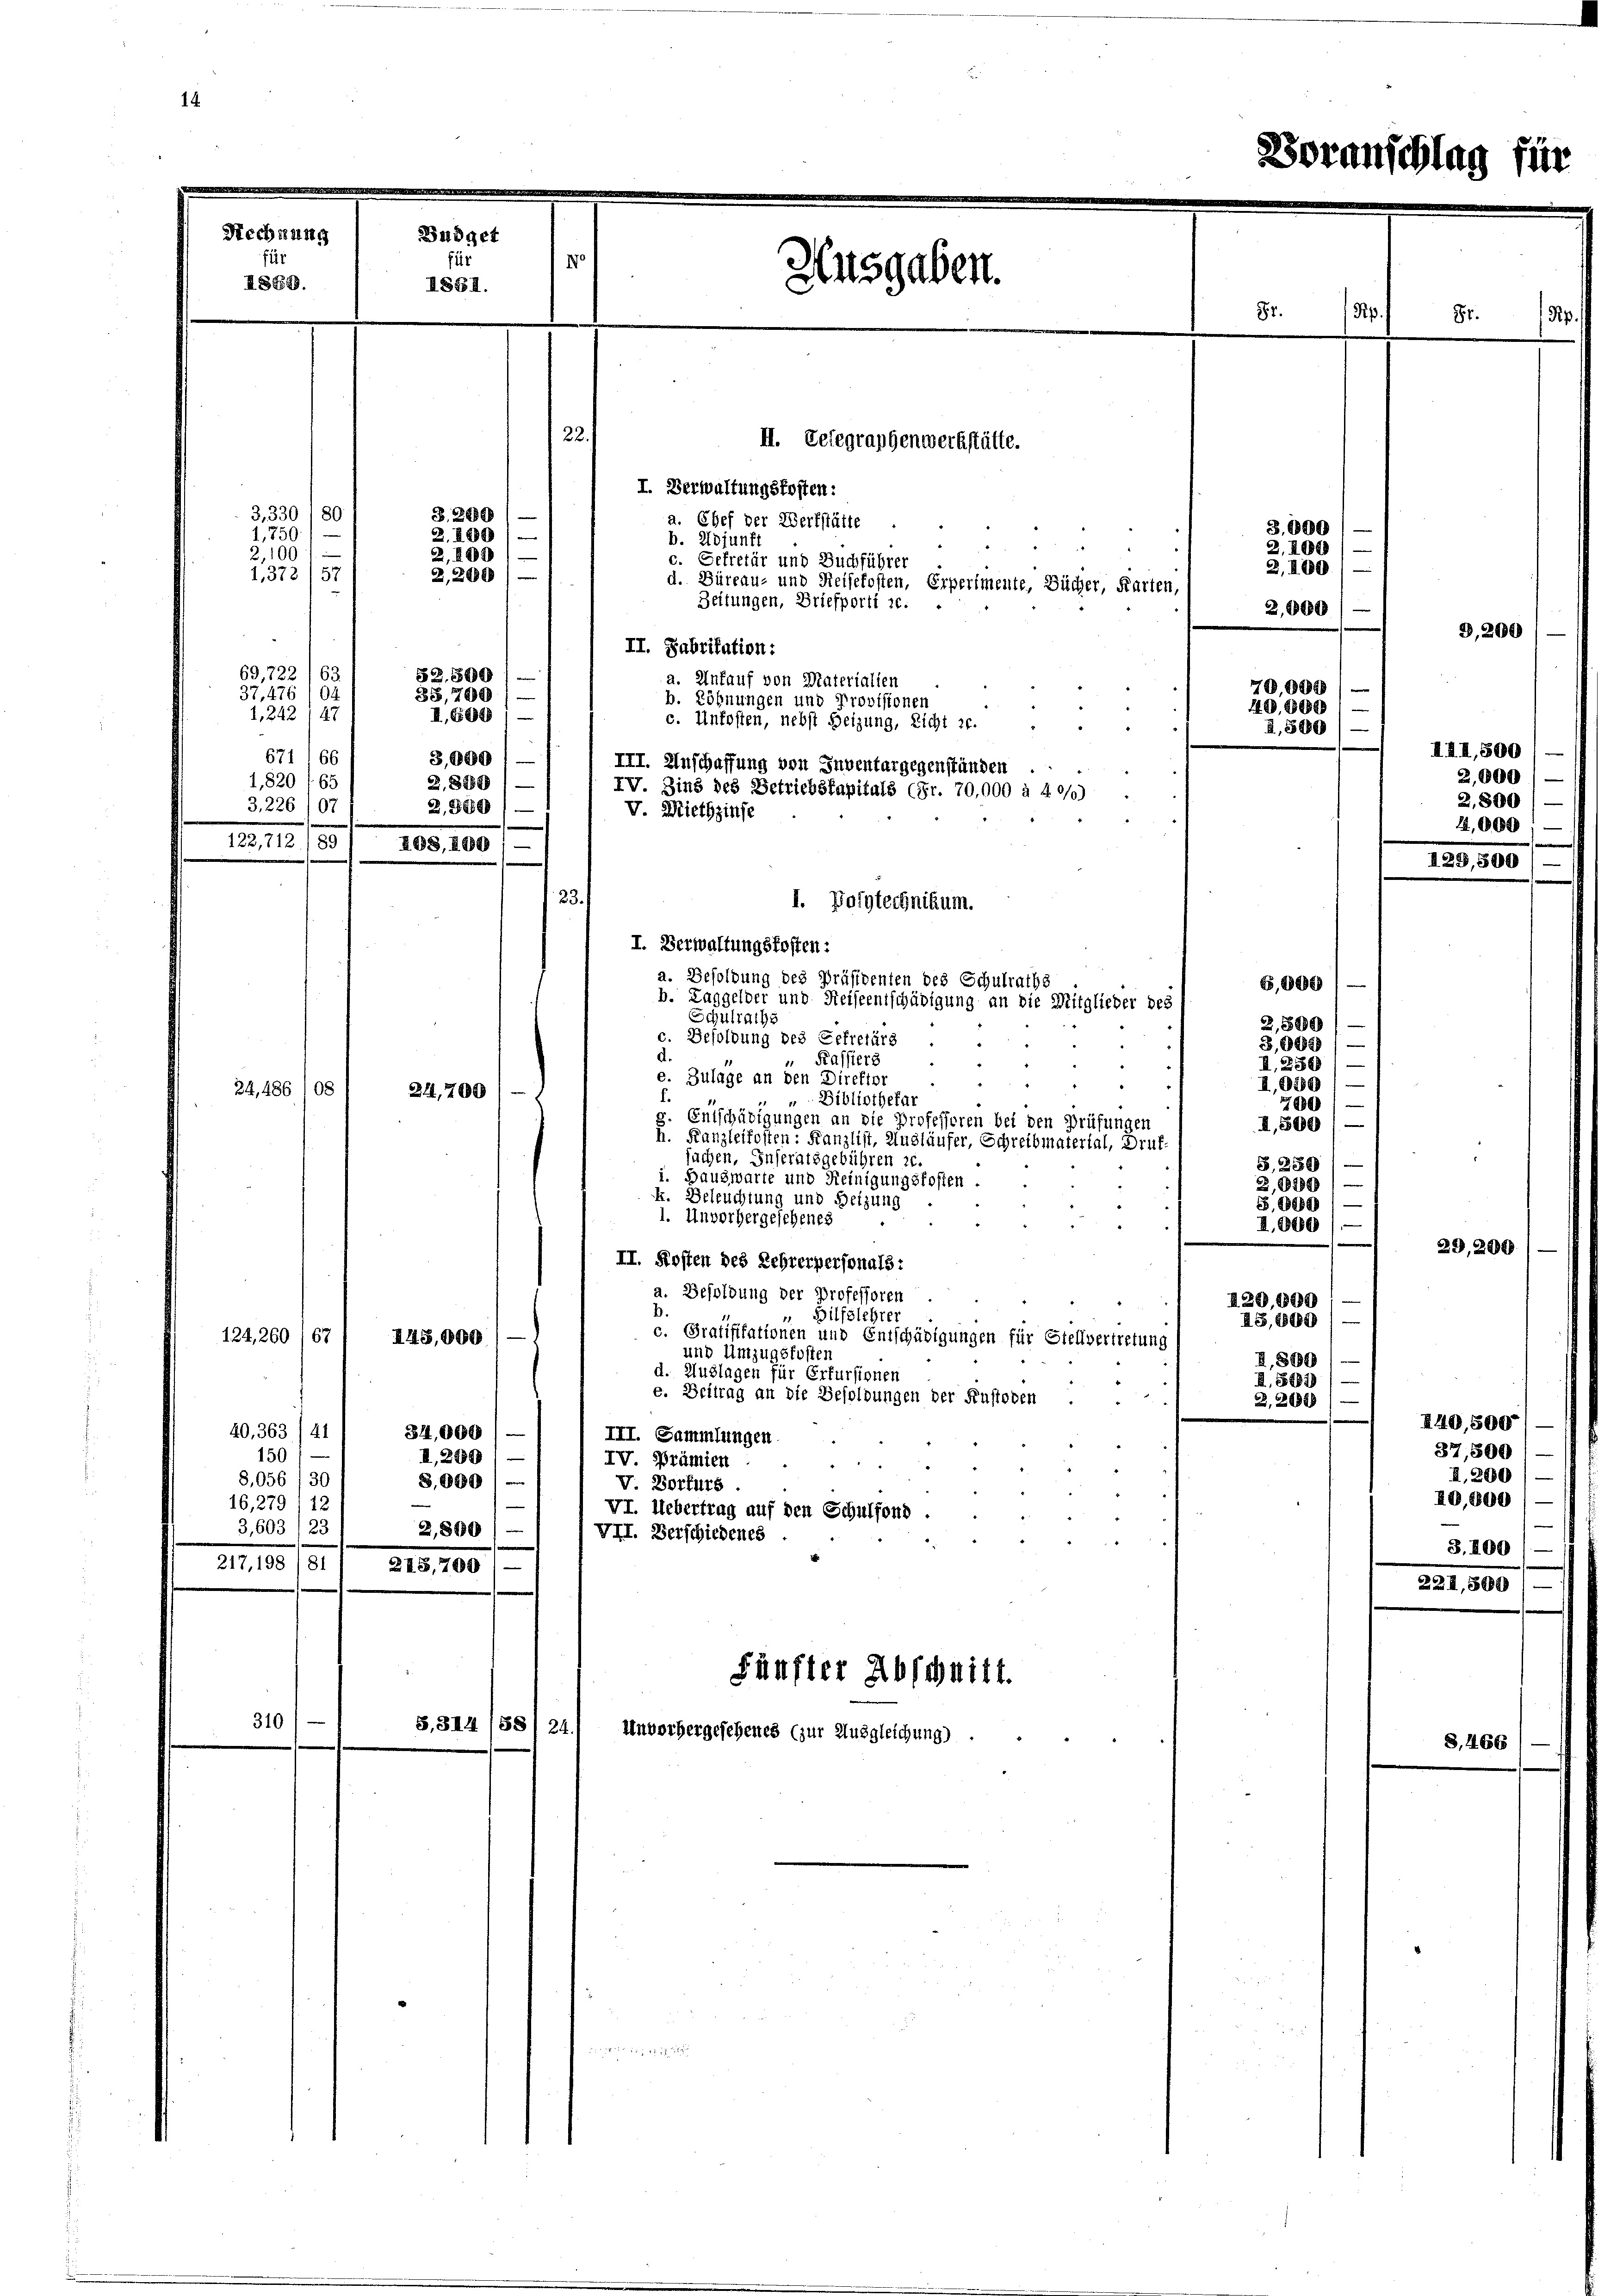
Rechnung
Büdget
is
170
Ausgaben.
1884.
22.
II. Telegraphenwerkstätte.
I. Verwaltungskosten:
3,330 (80
B.200
a. Chef der Werkstätte
1,750)
2.189/
b. Adjunft
2,10
2,400
c. Gefretär und Buchführer

II889.

1.372 (57
69, 722, 63
37,476 /04
1,242 147
671 166
1,820
65
3,226
07

d. Büreau- und Reisekosten, Erperimente, Bücher, Karten
Zeitungen, Briefporti 20.
II. Fabritation:
a. Unfauf von Materialien
b. Zöhnungen und Provisionen
c. Unkosten, nebst Heizung, Licht zu.
3,000 / —
2,8289
IV. Zins des Betriebskapitals (Fr. 70,000 à 2 0/0)
2,500
I. Polytechnikum.
I. Verwaltungskosten:
a. Besoldung des Präsidenten des Schulraths
b. Laggelder und Reiseentschädigung an die Mitglieder des
Schulraths
c. Besoldung des Gefretärs
Kassiers
e. Zulage an den Direktor
24,486 108
24,700
.
„ Bibliothefar
s. Entschädigungen an die Professoren bei den Prüfungen
h. Kanzleifosten: Kanzlist, Ausläufer, Schreibmaterial, Druf-
suchen, Inseratsgebühren 20.
i. Hauswarte und Heinigungskosten.
k. Beleuchtung und Setzung
1. Unvorhergeschenes
II. Kosten des Lehrerpersonals:
a. Besoldung der Professoren
 Hilfslehrer
c. Gratifikationen und Entschädigungen für Stellvertretung
124, 260 (67
II5,000 / —
und Umzugskoster
d. Auslagen für Erfursionen
e. Beitrag an die Besoldungen der Fustoden
40, 363 / 41
314,000
III. Sammlungen
150
I,280
IV Prämien
S,056/30
3,000
V. Borfürs
16,279, 12
VI. Uebertrag auf den Schulfond
3,603/23
2,850
VII. Verschiedenes
217, 198 /81 / 248,700

122,712 /891, 408, 280) —

2,200
52. 500
38,700
I.604

S.314/88

24

III. Anschaffung von Inventargegenständen
V. Miethzinse
23.

Fünfter Abschnitt.
Unvorhergeschenes (zur Ausgleichung)

82.

2,400
2,000

70,000)
1400,800
2,500)

29,600

3.000
2.400

6,000
2,500
3,000
I.2898/
II,080 /
7000
II,800
S.280
2,820
B,888899—
I.000

6,00
I,800
A.8699) —

87.

3.

III. II., 50
2,00
2,801
4,00

29, 3

22

I440
37,
I
8.